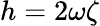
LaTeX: h=2\omega\zeta